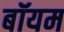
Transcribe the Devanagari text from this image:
बॉयम